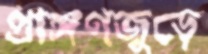
প্রাঙ্গণজুড়ে